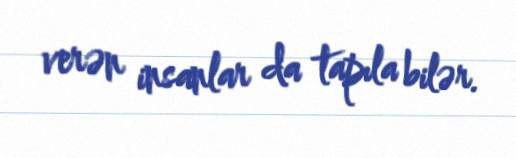
verən insanlar da tapıla bilər.